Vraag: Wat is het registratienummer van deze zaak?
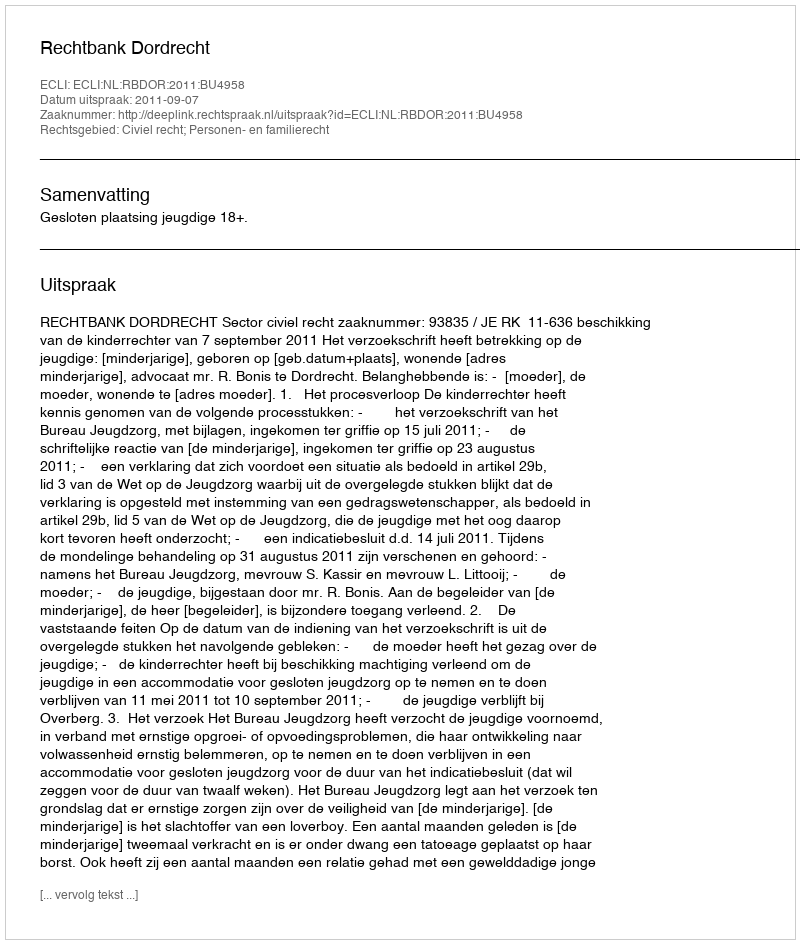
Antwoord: http://deeplink.rechtspraak.nl/uitspraak?id=ECLI:NL:RBDOR:2011:BU4958